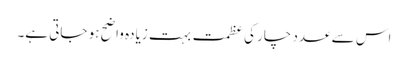
اس سے عدد چار کی عظمت بہت زیادہ واضح ہو جاتی ہے۔